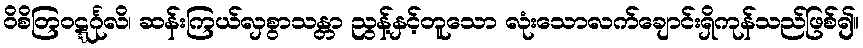
ဝိစိတြဝဋ္ဋင်္ဂုလိ၊ ဆန်းကြယ်လှစွာသန္တာ ညွန့်နှင့်တူသော လုံးသောလက်ချောင်းရှိကုန်သည်ဖြစ်၍။